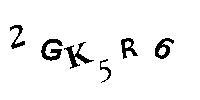
2GK5R6